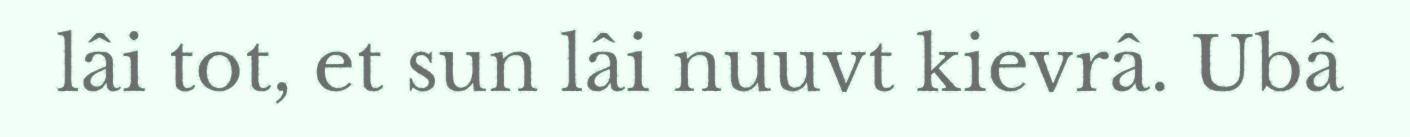
lâi tot, et sun lâi nuuvt kievrâ. Ubâ